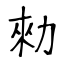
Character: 勑